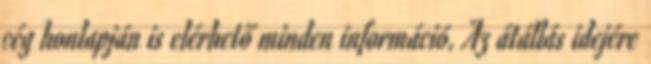
cég honlapján is elérhető minden információ. Az átállás idejére